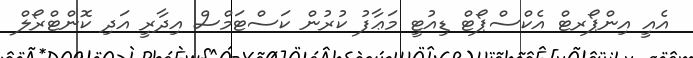
އެއީ އިންޕޯރޓް އެކްސްޕޯޓް ޑިއުޓީ މަޢާފު ކުރުން ކަސްޓަމްސް އިދާރީ އަދި ކޮންޓްރޯލް